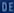
DOE